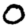
Digit: 0